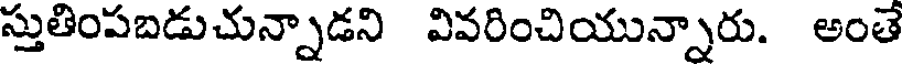
స్తుతింపబడుచున్నాడని వివరించియున్నారు. అంతే